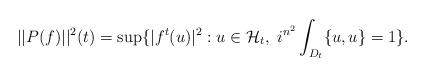
LaTeX: \begin{align*}||P(f)||^2(t)= \sup\{|f^t(u)|^2: u\in \mathcal H_t , \ i^{n^2}\int_{D_t}\{u,u\}=1\}.\end{align*}